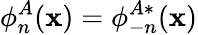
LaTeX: \phi_{n}^{A}(\mathbf{x})=\phi_{-n}^{A\ast}(\mathbf{x})